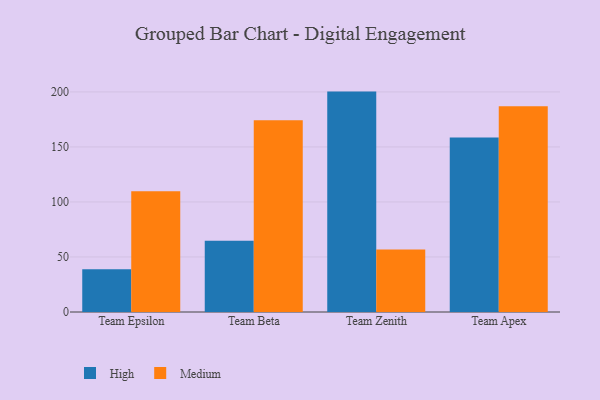
{"axis": {"x": "Team", "y": "Active Users"}, "legend": ["High", "Medium"], "data": [{"x": "Team Epsilon", "y": 38.8, "type": "High"}, {"x": "Team Epsilon", "y": 109.7, "type": "Medium"}, {"x": "Team Beta", "y": 64.7, "type": "High"}, {"x": "Team Beta", "y": 174.2, "type": "Medium"}, {"x": "Team Zenith", "y": 200.3, "type": "High"}, {"x": "Team Zenith", "y": 56.7, "type": "Medium"}, {"x": "Team Apex", "y": 158.6, "type": "High"}, {"x": "Team Apex", "y": 186.9, "type": "Medium"}]}